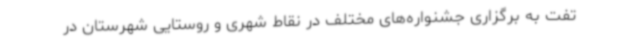
تفت به برگزاری جشنواره‌های مختلف در نقاط شهری و روستایی شهرستان در